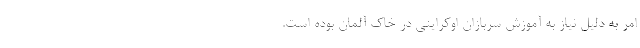
امر به دلیل نیاز به آموزش سربازان اوکراینی در خاک آلمان بوده است.